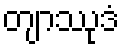
တျာဿုဒံ